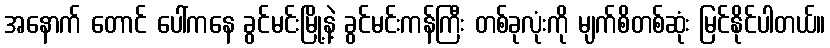
အနောက် တောင် ပေါ်ကနေ ခွင်မင်းမြို့နဲ့ ခွင်မင်းကန်ကြီး တစ်ခုလုံးကို မျက်စိတစ်ဆုံး မြင်နိုင်ပါတယ်။